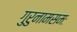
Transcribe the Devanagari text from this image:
गुरुनामसमः